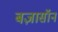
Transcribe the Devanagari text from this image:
बज़ासॉन